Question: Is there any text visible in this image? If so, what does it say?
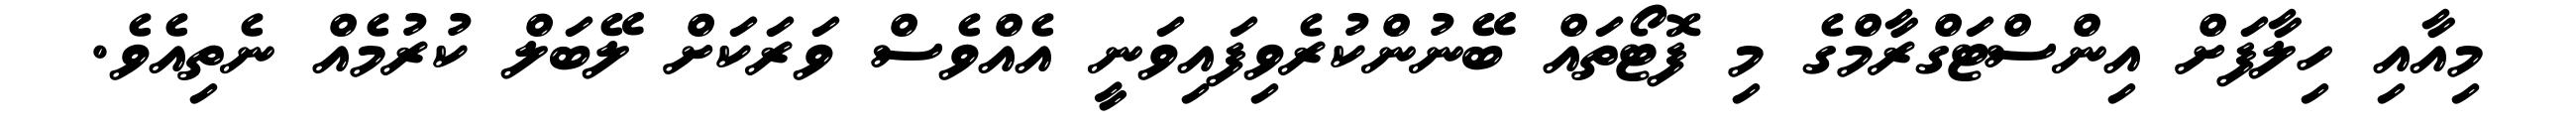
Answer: މިއާއި ހިލާފަށް އިންސްޓަގްރާމްގެ މި ފޮޓޯތައް ބޭނުންކުރެވިފައިވަނީ އެއްވެސް ވަރަކަށް ލޭބަލް ކުރުމެއް ނެތިއެވެ.